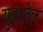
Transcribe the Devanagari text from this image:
सुकलेलं